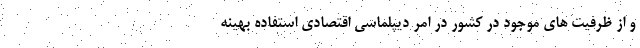
و از ظرفیت های موجود در کشور در امر دیپلماسی اقتصادی استفاده بهینه